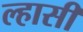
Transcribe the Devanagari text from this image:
ल्हासी